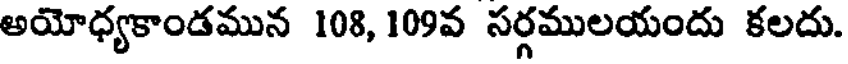
అయోధ్యకాండమున 108, 109వ సర్గములయందు కలదు.